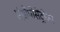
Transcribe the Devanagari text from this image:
एंथ्रोपोसेंट्रीज्म